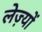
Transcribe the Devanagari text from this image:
लेज़्यों